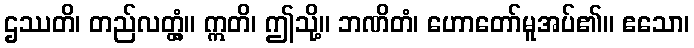
ဌဿတိ၊ တည်လတ္တံ့။ ဣတိ၊ ဤသို့။ ဘဏိတံ၊ ဟောတော်မူအပ်၏။ ဧသော၊